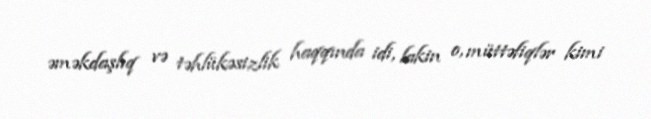
əməkdaşlıq və təhlükəsizlik haqqında idi, lakin o, müttəfiqlər kimi